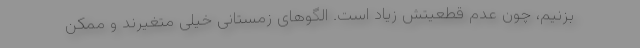
بزنیم، چون عدم قطعیتش زیاد است. الگوهای زمستانی خیلی متغیرند و ممکن